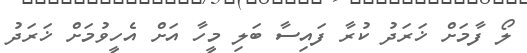
ލޯ ފާމަށް ޚަރަދު ކުރާ ފައިސާ ބަލި މީހާ އަށް އެހީވުމަށް ޚަރަދު